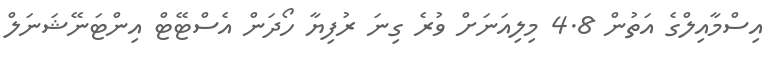
އިސްމާއިލްގެ އަތުން 4.8 މިލިއަނަށް ވުރެ ގިނަ ރުފިޔާ ހޯދަން އެސްޓޭޓް އިންޓަނޭޝަނަލް